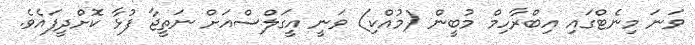
ވަނަ މިނެޓްގައި އިބްރާހިމް މުބީން (މުއްކި) ވަނީ އީގަލްސްއަށް ނަތީޖާ ފުޅާ ކޮށްދީފައެވެ.